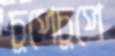
চুপেচুপে